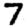
Digit: 7